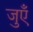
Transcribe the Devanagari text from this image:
जुएँ